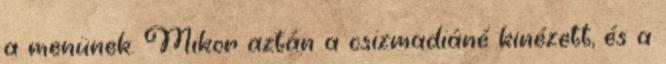
a menünek. Mikor aztán a csizmadiáné kinézett, és a